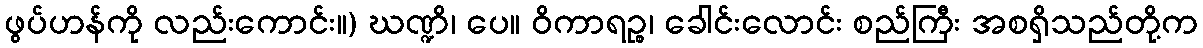
ဖွပ်ဟန်ကို လည်းကောင်း။) ဃဏ္ဍိ၊ ပေ။ ဝိကာရဉ္စ၊ ခေါင်းလောင်း စည်ကြီး အစရှိသည်တို့က